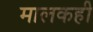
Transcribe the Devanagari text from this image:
मालकही